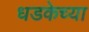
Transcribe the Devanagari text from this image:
धडकेच्या